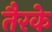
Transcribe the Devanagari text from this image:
तैरके